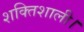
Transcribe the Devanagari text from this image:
शक्तिशाली।